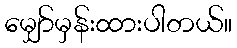
မျှော်မှန်းထားပါတယ်။